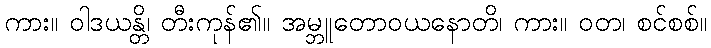
ကား။ ဝါဒယန္တိ၊ တီးကုန်၏။ အမ္ဘူတောဝယနောတိ၊ ကား။ ဝတ၊ စင်စစ်။